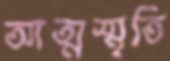
আত্মস্মৃতি